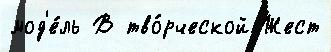
мод'е́ль В тво́рческой Жест